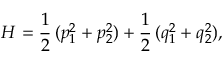
H = \frac { 1 } { 2 } \, ( p _ { 1 } ^ { 2 } + p _ { 2 } ^ { 2 } ) + \frac { 1 } { 2 } \, ( q _ { 1 } ^ { 2 } + q _ { 2 } ^ { 2 } ) ,